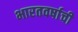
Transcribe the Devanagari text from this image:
भारतवर्षाची